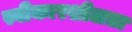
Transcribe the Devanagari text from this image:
स्वीकारशीलता